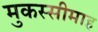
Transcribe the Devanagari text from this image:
मुकस्सीमाह